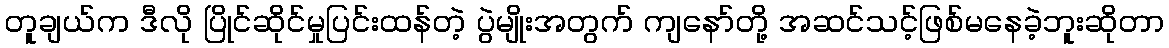
တူချယ်က ဒီလို ပြိုင်ဆိုင်မှုပြင်းထန်တဲ့ ပွဲမျိုးအတွက် ကျနော်တို့ အဆင်သင့်ဖြစ်မနေခဲ့ဘူးဆိုတာ